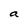
Character: a